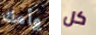
وأمك كل